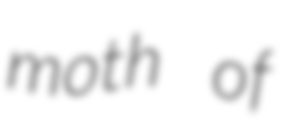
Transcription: moth of